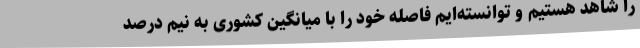
را شاهد هستیم و توانسته‌ایم فاصله خود را با میانگین کشوری به نیم درصد